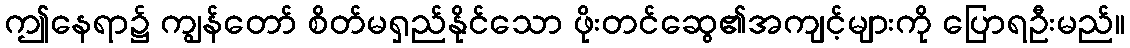
ဤနေရာ၌ ကျွန်တော် စိတ်မရှည်နိုင်သော ဖိုးတင်ဆွေ၏အကျင့်များကို ပြောရဦးမည်။